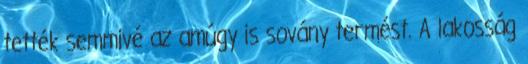
tették semmivé az amúgy is sovány termést. A lakosság